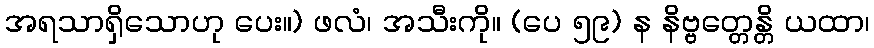
အရသာရှိသောဟု ပေး။) ဖလံ၊ အသီးကို။ (ပေ ၅၉) န နိဗ္ဗတ္တေန္တိ ယထာ၊